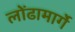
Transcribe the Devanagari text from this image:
लोंढामार्गे